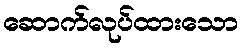
ဆောက်လုပ်ထားသော